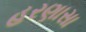
હરણાસા